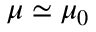
\mu \simeq \mu _ { 0 }